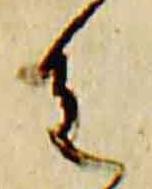
重